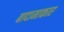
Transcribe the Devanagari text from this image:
बादामाकार